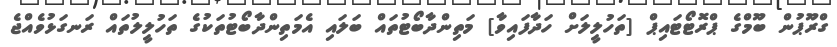
ގްރޫޕުން ބޫމްގެ ޕްރޮޓޯޓައިޕް [ތަހުލީލަށް ހަދާފައިވާ] މަތިންދާބޯޓުތައް ބަލައި އެމަތިންދާބޯޓުތަކުގެ ތަހުލީލުތައް ރަނގަޅުވެއްޖެ